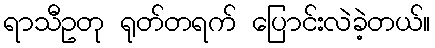
ရာသီဥတု ရုတ်တရက် ပြောင်းလဲခဲ့တယ်။